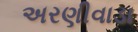
અરણીવાડા